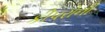
કીપરોની